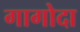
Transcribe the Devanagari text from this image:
गागोदा